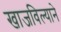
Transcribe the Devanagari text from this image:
खाजविल्याने